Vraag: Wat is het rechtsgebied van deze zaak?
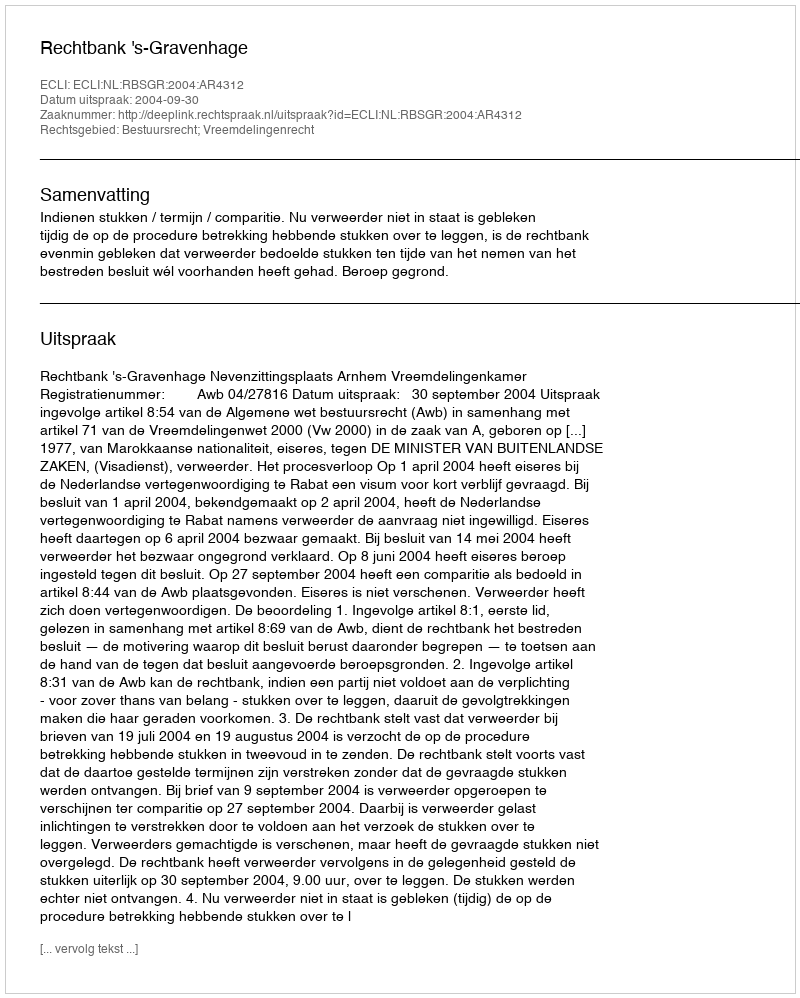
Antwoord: Bestuursrecht; Vreemdelingenrecht